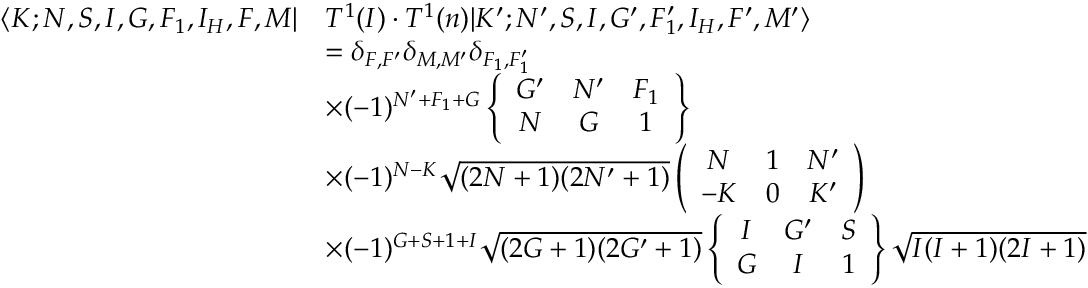
\begin{array} { r l } { \langle K ; N , S , I , G , F _ { 1 } , I _ { H } , F , M | } & { T ^ { 1 } ( I ) \cdot T ^ { 1 } ( n ) | K ^ { \prime } ; N ^ { \prime } , S , I , G ^ { \prime } , F _ { 1 } ^ { \prime } , I _ { H } , F ^ { \prime } , M ^ { \prime } \rangle } \\ & { = \delta _ { F , F ^ { \prime } } \delta _ { M , M ^ { \prime } } \delta _ { F _ { 1 } , F _ { 1 } ^ { \prime } } } \\ & { \times ( - 1 ) ^ { N ^ { \prime } + F _ { 1 } + G } \left\{ \begin{array} { c c c } { G ^ { \prime } } & { N ^ { \prime } } & { F _ { 1 } } \\ { N } & { G } & { 1 } \end{array} \right\} } \\ & { \times ( - 1 ) ^ { N - K } \sqrt { ( 2 N + 1 ) ( 2 N ^ { \prime } + 1 ) } \left( \begin{array} { c c c } { N } & { 1 } & { N ^ { \prime } } \\ { - K } & { 0 } & { K ^ { \prime } } \end{array} \right) } \\ & { \times ( - 1 ) ^ { G + S + 1 + I } \sqrt { ( 2 G + 1 ) ( 2 G ^ { \prime } + 1 ) } \left\{ \begin{array} { c c c } { I } & { G ^ { \prime } } & { S } \\ { G } & { I } & { 1 } \end{array} \right\} \sqrt { I ( I + 1 ) ( 2 I + 1 ) } } \end{array}